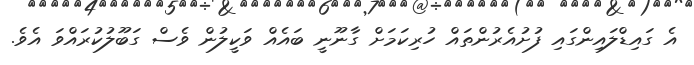
އެ ގައިޑްލައިންގައި ފުށުއެރުންތައް ހުރިކަމަށް ގާނޫނީ ބައެއް ވަކީލުން ވެސް ގަބޫލުކުރައްވަ އެވެ.